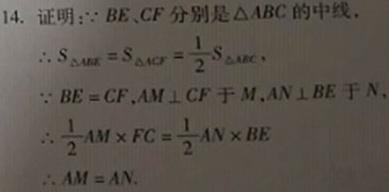
14. 证明：$\because BE、CF$ 分别是 $\triangle ABC$ 的中线，
$\therefore S_{\triangle ABE}=S_{\triangle ACF}=\frac{1}{2}S_{\triangle ABC}.$
$\because BE = CF,AM\perp CF$ 于 $M,AN\perp BE$ 于 $N$，
$\therefore \frac{1}{2}AM\times FC=\frac{1}{2}AN\times BE$
$\therefore AM = AN.$